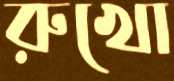
রুখো